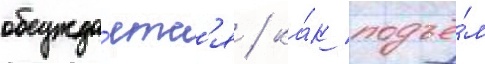
обсужда́етс'я / ка́к подъё́м